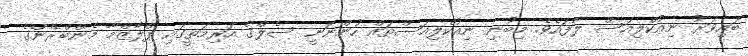
ބައިވަރު ނިއުކްލިއަސް ލާފައެވެ. މިބުނި ނިއުކްލިއަސްތައް ހުންނަނީ ސެލްގެ އަރިމަތީގައި ޕްލާޒްމާ މެންބްރޭންގެ